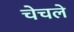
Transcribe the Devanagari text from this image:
चेचले